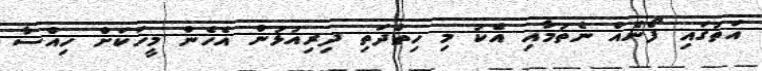
އަތުގައި ފޯނެއް ނެތުމާއި އެކު މި ހިތްދަތި ދިރިއުޅުން އެހެން މީހަކަށް ހިއްސާ